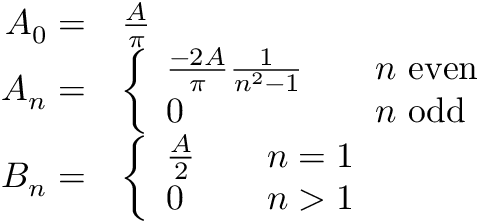
{ \begin{array} { r l } { A _ { 0 } = } & { { \frac { A } { \pi } } } \\ { A _ { n } = } & { { \left\{ \begin{array} { l l } { { \frac { - 2 A } { \pi } } { \frac { 1 } { n ^ { 2 } - 1 } } } & { \quad n { \mathrm { ~ e v e n } } } \\ { 0 } & { \quad n { \mathrm { ~ o d d } } } \end{array} \right. } } \\ { B _ { n } = } & { { \left\{ \begin{array} { l l } { { \frac { A } { 2 } } } & { \quad n = 1 } \\ { 0 } & { \quad n > 1 } \end{array} \right. } } \end{array} }